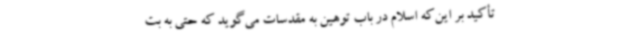
تأکید بر این‌که اسلام در باب توهین به مقدسات می‌گوید که حتی به بت